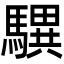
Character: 龭